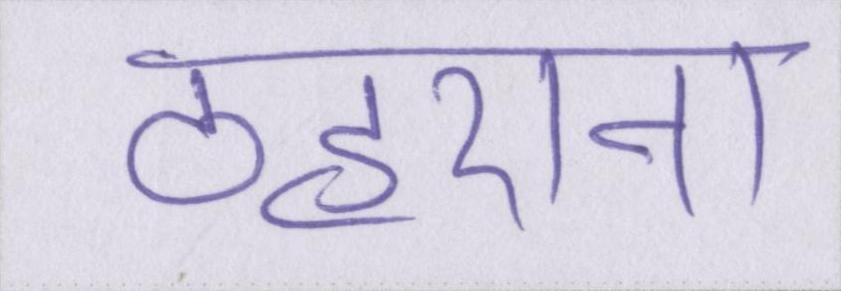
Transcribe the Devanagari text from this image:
ठहराना